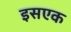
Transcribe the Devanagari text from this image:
इसएक